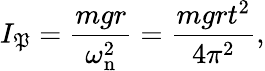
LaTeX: I_{\mathfrak{P}}={\frac{{mgr}}{{\omega_{\mathrm{{n}}}^{2}}}}={\frac{{mgrt^{2}}}{{4\pi^{2}}}},